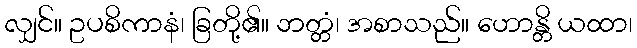
လျှင်။ ဥပစိကာနံ၊ ခြတို့၏။ ဘတ္တံ၊ အစာသည်။ ဟောန္တိ ယထာ၊